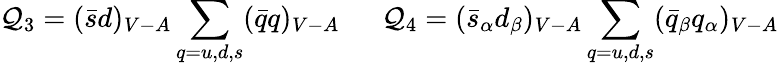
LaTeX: \mathcal{Q}_{3}=(\bar{{s}}d)_{V-A}\sum_{q=u,d,s}(\bar{{q}}q)_{V-A}~~~~~~\mathcal{Q}_{4}=(\bar{{s}}_{\alpha}d_{\beta})_{V-A}\sum_{q=u,d,s}(\bar{{q}}_{\beta}q_{\alpha})_{V-A}